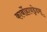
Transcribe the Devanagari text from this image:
कार्बोहायड्रेडस्